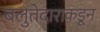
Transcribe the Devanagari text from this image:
बलुतेदाराकडून